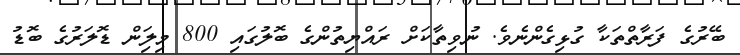
ބޭރުގެ ފަރާތްތަކާ ގުޅިގެންނެވެ. ނުވިތާކަށް ރައްޔިތުންގެ ބޮލުގައި 800 މިލިަން ޑޮލަރުގެ ބޮޑު